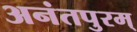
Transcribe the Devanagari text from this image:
अनंतपुरम्